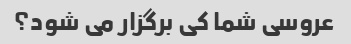
عروسی شما کی برگزار می شود؟